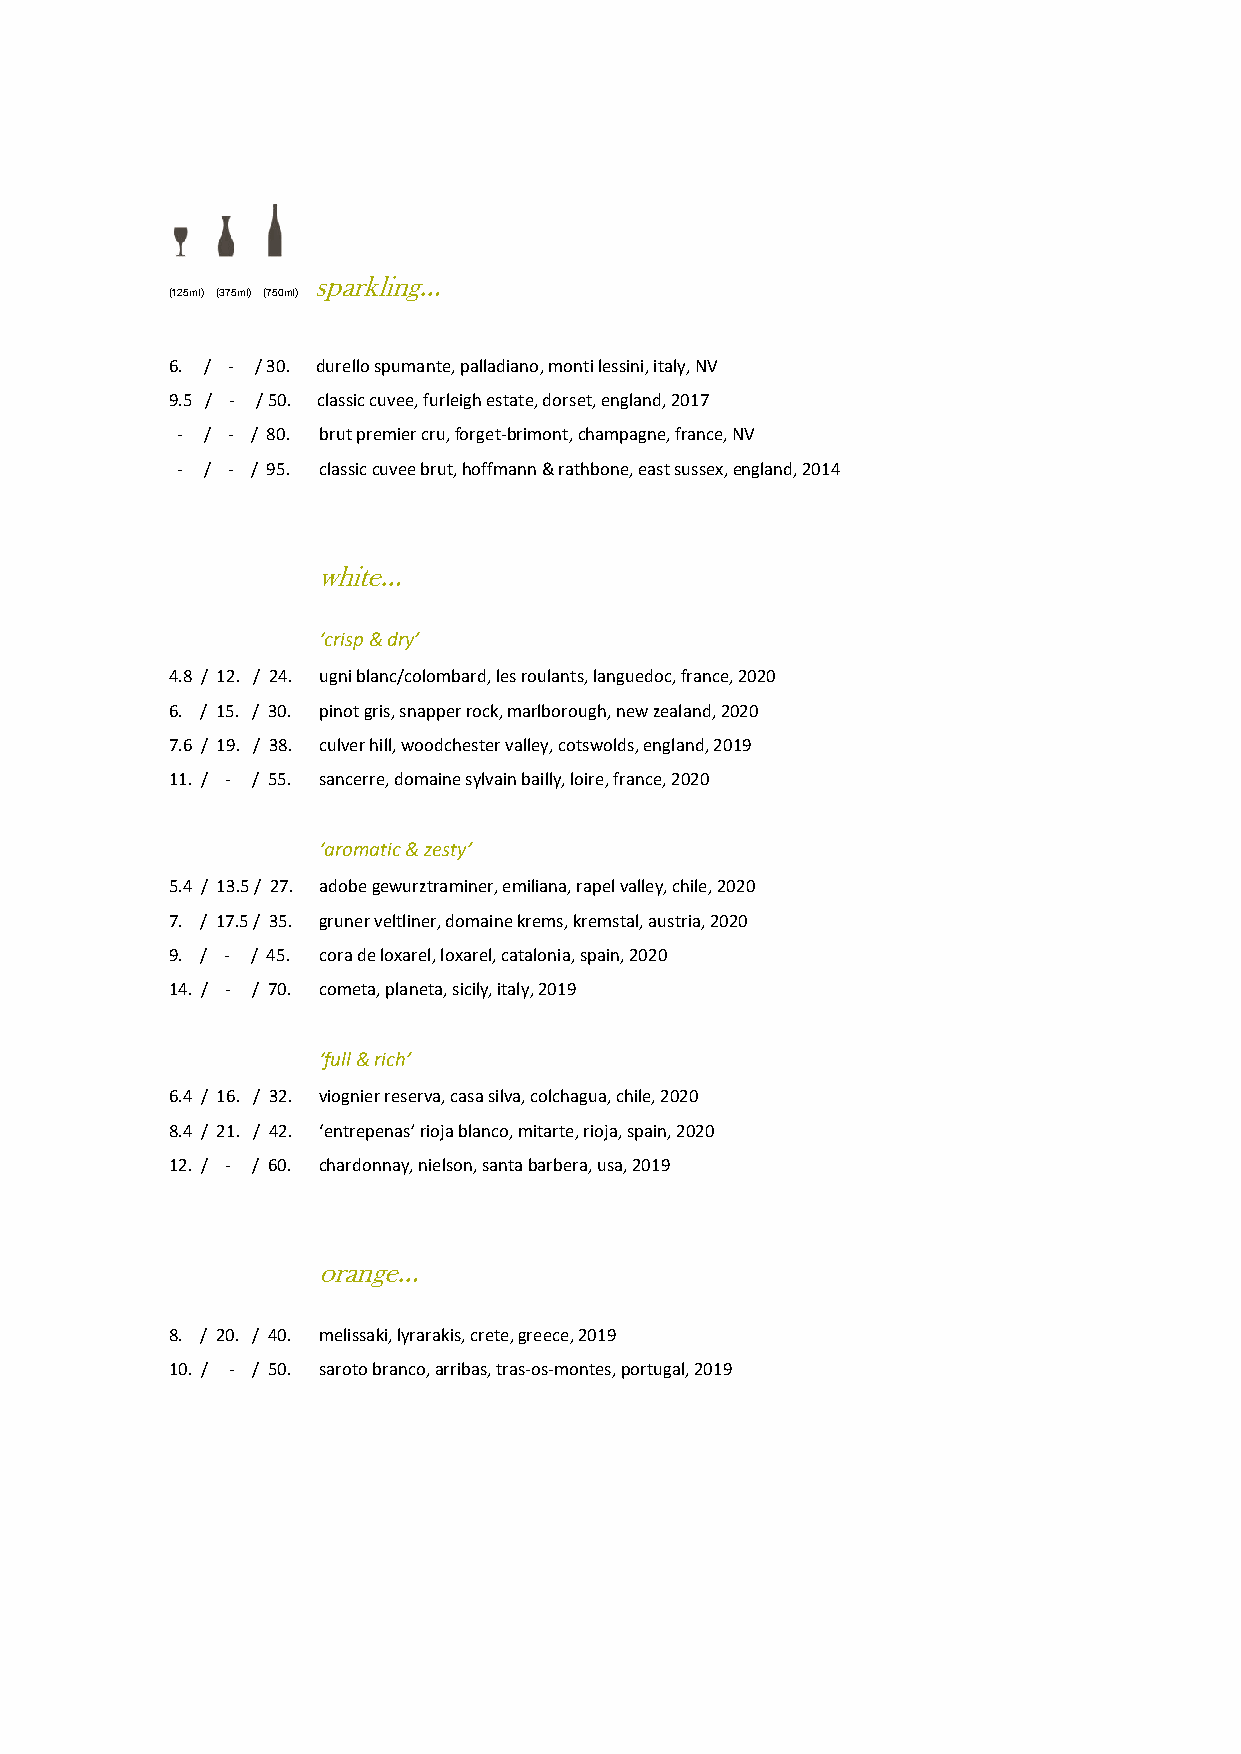
sparkling…
 (125ml) (375ml) (750ml)
 6. / - / 30. durello spumante, palladiano, monti lessini, italy, NV
 9.5 / - / 50. classic cuvee, furleigh estate, dorset, england, 2017
 - / - / 80. brut premier cru, forget-brimont, champagne, france, NV
 - / - / 95. classic cuvee brut, hoffmann & rathbone, east sussex, england, 2014
 white…
 ‘crisp & dry’
 4.8 / 12. / 24. ugni blanc/colombard, les roulants, languedoc, france, 2020
 6. / 15. / 30. pinot gris, snapper rock, marlborough, new zealand, 2020
 7.6 / 19. / 38. culver hill, woodchester valley, cotswolds, england, 2019
 11. / - / 55. sancerre, domaine sylvain bailly, loire, france, 2020
 ‘aromatic & zesty’
 5.4 / 13.5 / 27. adobe gewurztraminer, emiliana, rapel valley, chile, 2020
 7. / 17.5 / 35. gruner veltliner, domaine krems, kremstal, austria, 2020
 9. / - / 45. cora de loxarel, loxarel, catalonia, spain, 2020
 14. / - / 70. cometa, planeta, sicily, italy, 2019
 ‘full & rich’
 6.4 / 16. / 32. viognier reserva, casa silva, colchagua, chile, 2020
 8.4 / 21. / 42. ‘entrepenas’ rioja blanco, mitarte, rioja, spain, 2020
 12. / - / 60. chardonnay, nielson, santa barbera, usa, 2019
 orange…
 8. / 20. / 40. melissaki, lyrarakis, crete, greece, 2019
 10. / - / 50. saroto branco, arribas, tras-os-montes, portugal, 2019